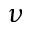
\nu